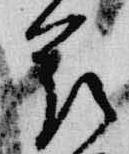
花